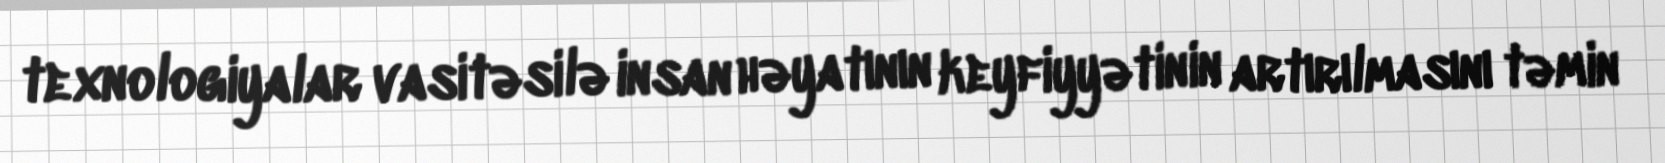
texnologiyalar vasitəsilə insan həyatının keyfiyyətinin artırılmasını təmin